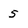
Character: 5